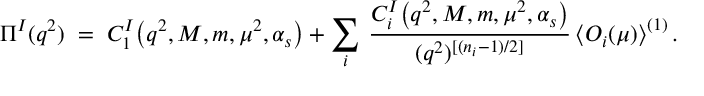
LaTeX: \Pi ^ { I } ( q ^ { 2 } ) \; = \; C _ { 1 } ^ { I } \big ( q ^ { 2 } , M , m , \mu ^ { 2 } , \alpha _ { s } \big ) + \sum _ { i } \, \frac { C _ { i } ^ { I } \big ( q ^ { 2 } , M , m , \mu ^ { 2 } , \alpha _ { s } \big ) } { ( q ^ { 2 } ) ^ { [ ( n _ { i } - 1 ) / 2 ] } } \, \big < O _ { i } ( \mu ) \big > ^ { ( 1 ) } \, .